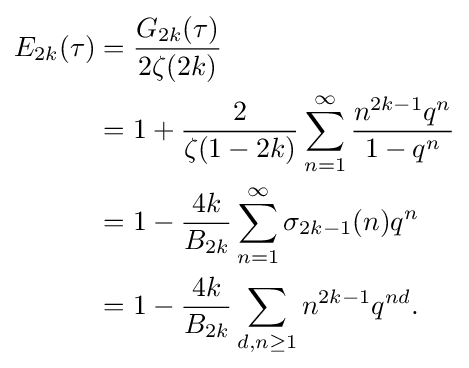
{\begin{aligned}E_{2k}(\tau )&={\frac {G_{2k}(\tau )}{2\zeta (2k)}}\\&=1+{\frac {2}{\zeta (1-2k)}}\sum _{n=1}^{\infty }{\frac {n^{2k-1}q^{n}}{1-q^{n}}}\\&=1-{\frac {4k}{B_{2k}}}\sum _{n=1}^{\infty }\sigma _{2k-1}(n)q^{n}\\&=1-{\frac {4k}{B_{2k}}}\sum _{d,n\geq 1}n^{2k-1}q^{nd}.\end{aligned}}